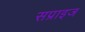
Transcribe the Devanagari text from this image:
सप्राइज